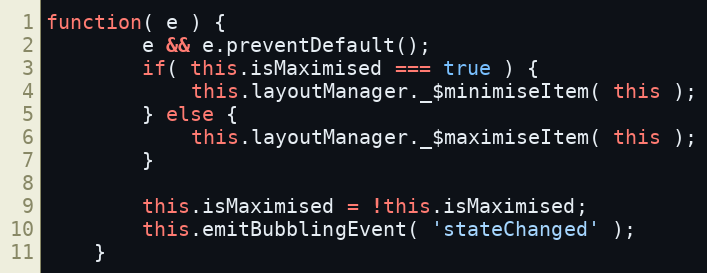
Language: JavaScript
function( e ) {
		e && e.preventDefault();
		if( this.isMaximised === true ) {
			this.layoutManager._$minimiseItem( this );
		} else {
			this.layoutManager._$maximiseItem( this );
		}

		this.isMaximised = !this.isMaximised;
		this.emitBubblingEvent( 'stateChanged' );
	}